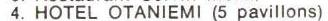
4. HOTEL OTANIEMI (5 pavillions)